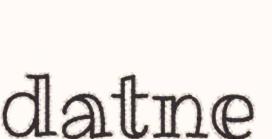
datne